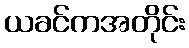
ယခင်ကအတိုင်း